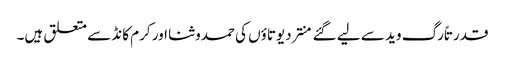
قدرتاً رگ وید سے لیے گئے منتر دیوتاؤں کی حمدوثنا اور کرم کانڈ سے متعلق ہیں۔